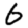
Digit: 6